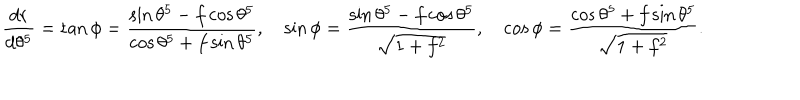
\frac { d r } { d \theta ^ { 5 } } = \tan \phi = \frac { \sin \theta ^ { 5 } - f \cos \theta ^ { 5 } } { \cos \theta ^ { 5 } + f \sin \theta ^ { 5 } } , \quad \sin \phi = \frac { \sin \theta ^ { 5 } - f \cos \theta ^ { 5 } } { \sqrt { 1 + f ^ { 2 } } } , \quad \cos \phi = \frac { \cos \theta ^ { 5 } + f \sin \theta ^ { 5 } } { \sqrt { 1 + f ^ { 2 } } } .